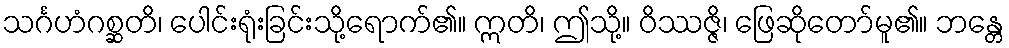
သင်္ဂဟံဂစ္ဆတိ၊ ပေါင်းရုံးခြင်းသို့ရောက်၏။ ဣတိ၊ ဤသို့။ ဝိဿဇ္ဇိ၊ ဖြေဆိုတော်မူ၏။ ဘန္တေ